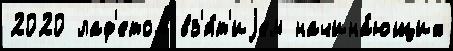
2020 лаф'етом вз'я́т'иjем начина́ющих